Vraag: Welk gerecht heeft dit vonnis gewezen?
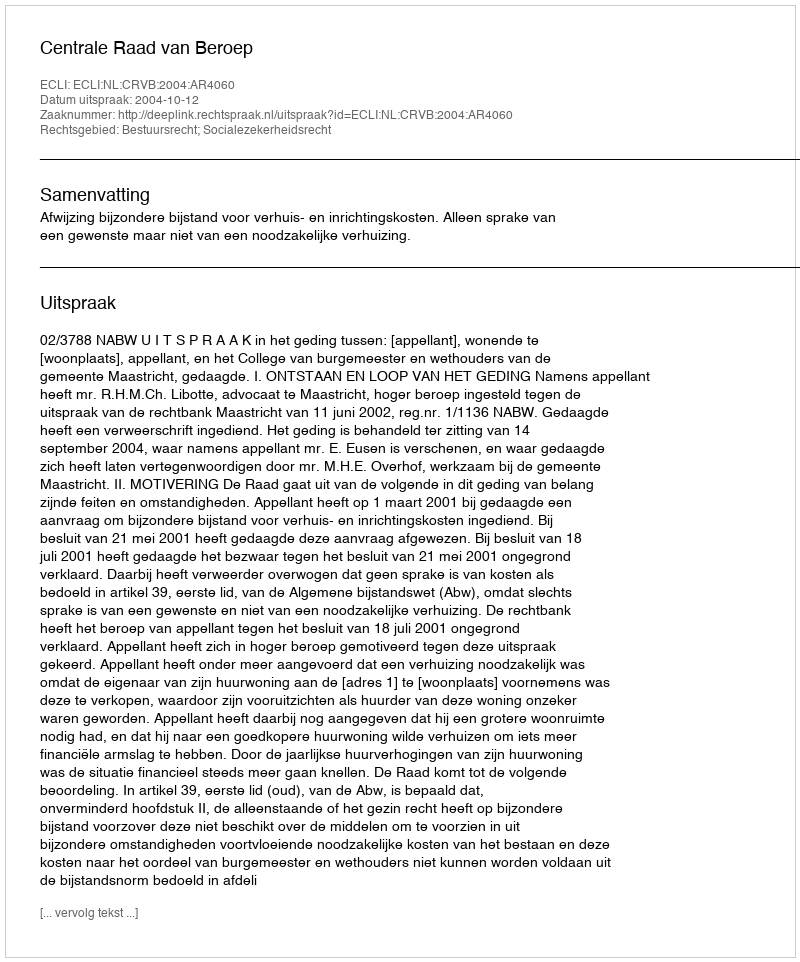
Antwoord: Centrale Raad van Beroep